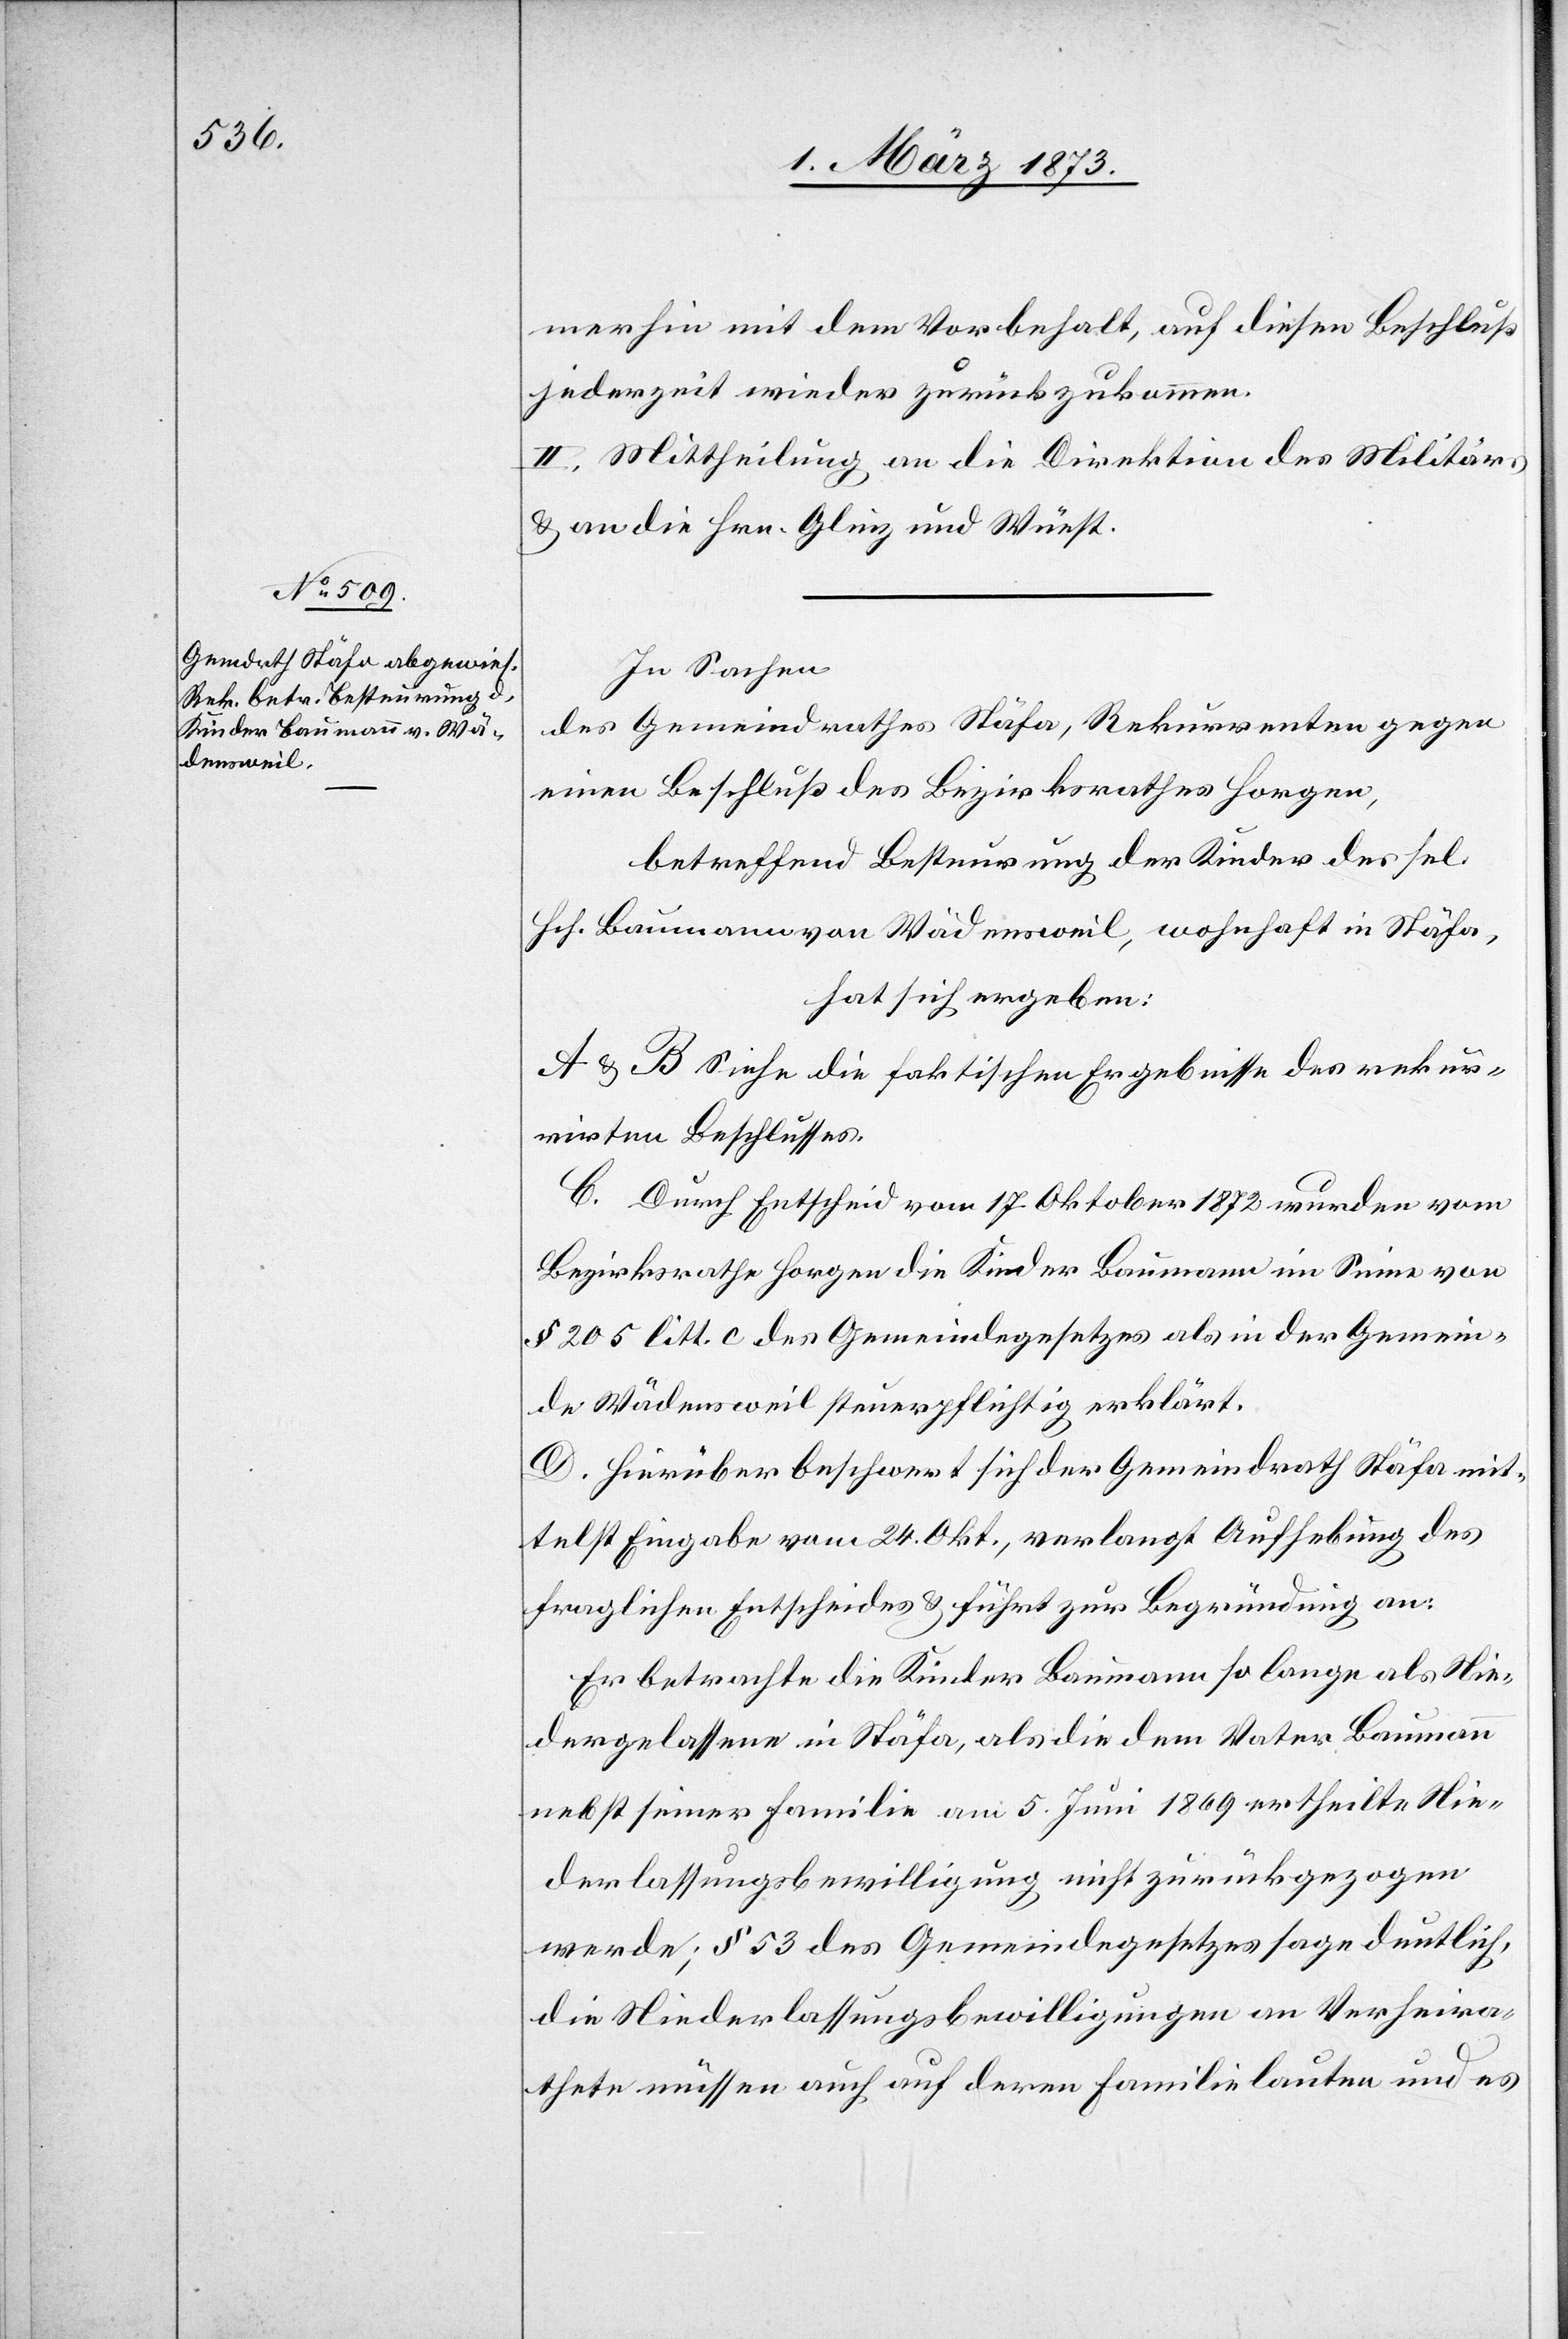
merhin mit dem Vorbehalt, auf diesen Beschluß
jederzeit wieder zurückzukommen.
II. Mittheilung an die Direktion des Militärs,
u. an die Hrn. Glinz und Wüest.
In Sachen
des Gemeindrathes Stäfa, Rekurrenten gegen
einen Beschluß des Bezirksrathes Horgen,
betreffend Besteurung der Kinder des sel.
Hch. Baumann von Wädensweil, wohnhaft in Stäfa,
hat sich ergeben:
A u. B Siehe die faktischen Ergebnisse des rekur¬
rirten Beschlusses.
C. Durch Entscheid vom 17. Oktober 1872 wurden vom
Bezirksrathe Horgen die Kinder Baumann im Sinne von
§ 205 litt. c des Gemeindegesetzes als in der Gemein¬
de Wädensweil steuerpflichtig erklärt.
D. Hierüber beschwert sich der Gemeindrath Stäfa mit¬
telst Eingabe vom 24. Okt., verlangt Aufhebung des
fraglichen Entscheides u. führt zur Begründung an:
Er betrachte die Kinder Baumann so lange als Nie¬
dergelassene in Stäfa, als die dem Vater Baumann
nebst seiner Familie am 5. Juni 1869 ertheilte Nie¬
derlassungsbewilligung nicht zurückgezogen
werde; § 53 des Gemeindegesetzes sage deutlich,
die Niederlassungsbewilligungen an Verheira¬
thete müssen auch auf deren Familie lauten und es